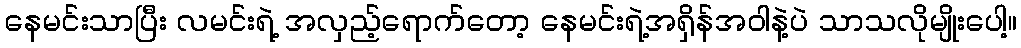
နေမင်းသာပြီး လမင်းရဲ့ အလှည့်ရောက်တော့ နေမင်းရဲ့အရှိန်အဝါနဲ့ပဲ သာသလိုမျိုးပေါ့။